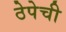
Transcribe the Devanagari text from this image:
ठेपेची